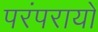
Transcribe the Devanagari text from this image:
परंपरायों